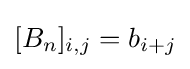
[B_{n}]_{i,j}=b_{i+j}